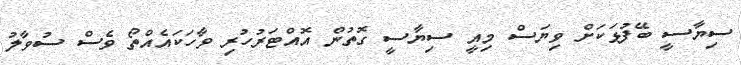
ސިޔާސީ ބޭފުޅަކަށް ވިޔަސް މިއީ ސިޔާސީ ގޮތުން އޮއްޓަރުހުރި ވާހަކައެއްތޯ ވެސް ސުވާލު